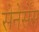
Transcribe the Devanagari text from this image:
सेनेसेंस